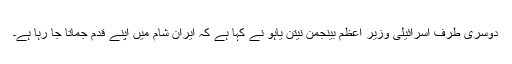
دوسری طرف اسرائیلی وزیر اعظم بینجمن نیتن یاہو نے کہا ہے کہ ایران شام میں اپنے قدم جماتا جا رہا ہے۔